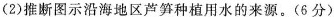
(2)推断图示沿海地区芦笋种植用水的来源。(6分)